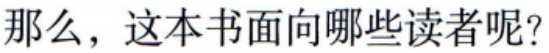
那么，这本书面向哪些读者呢？